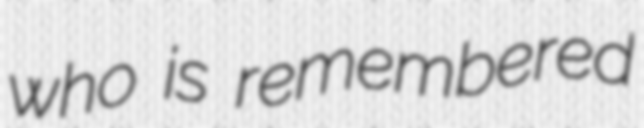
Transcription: who is remembered